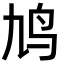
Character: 鸠